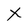
Character: X